画像に写った文字を読んでください
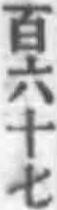
「百六十七」と書いてあります